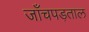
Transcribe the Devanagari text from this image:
जाँचपड़ताल